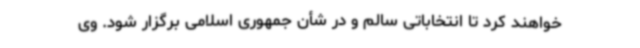
خواهند کرد تا انتخاباتی سالم و در شأن جمهوری اسلامی برگزار شود. وی